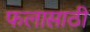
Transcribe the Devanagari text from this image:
फलासाठी